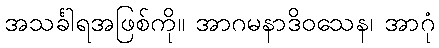
အသင်္ခါရအဖြစ်ကို။ အာဂမနာဒိဝသေန၊ အာဂုံ